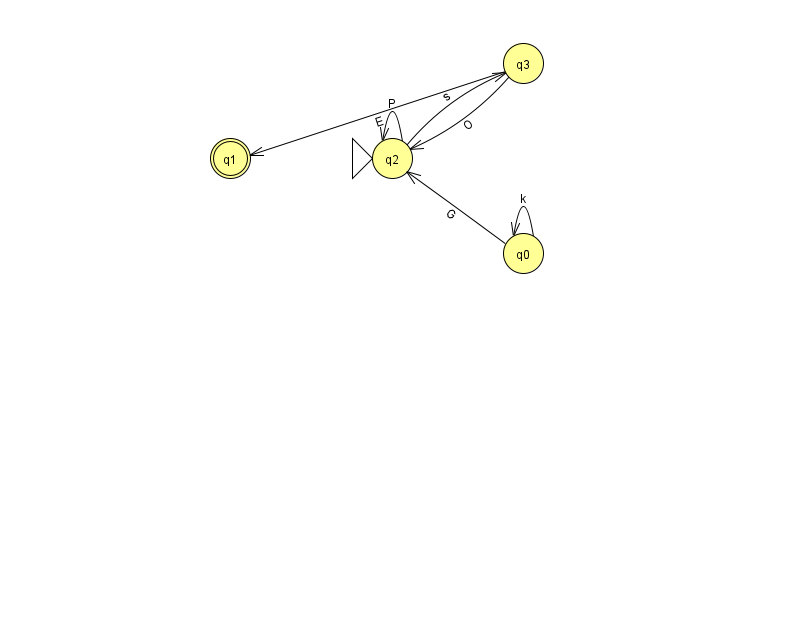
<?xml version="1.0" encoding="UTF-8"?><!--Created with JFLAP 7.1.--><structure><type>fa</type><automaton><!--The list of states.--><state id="0" name="q0"><x>523.0</x><y>240.0</y></state><state id="1" name="q1"><x>230.0</x><y>145.0</y><final/></state><state id="2" name="q2"><x>392.0</x><y>145.0</y><initial/></state><state id="3" name="q3"><x>523.0</x><y>50.0</y></state><!--The list of transitions.--><transition><from>2</from><to>2</to><read>P</read></transition><transition><from>3</from><to>2</to><read>O</read></transition><transition><from>2</from><to>3</to><read>s</read></transition><transition><from>3</from><to>1</to><read>E</read></transition><transition><from>0</from><to>0</to><read>k</read></transition><transition><from>0</from><to>2</to><read>G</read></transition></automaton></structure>